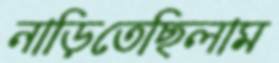
নাড়িতেছিলাম